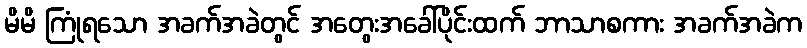
မိမိ ကြုံရသော အခက်အခဲတွင် အတွေးအခေါ်ပိုင်းထက် ဘာသာစကား အခက်အခဲက